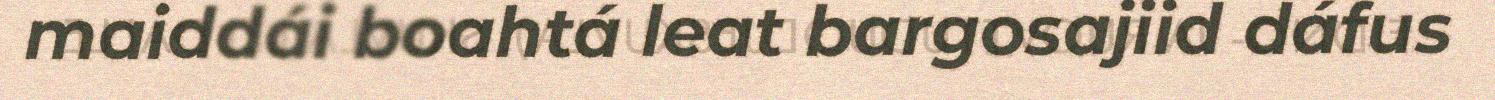
maiddái boahtá leat bargosajiid dáfus